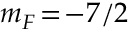
m _ { F } \! = \! - 7 / 2